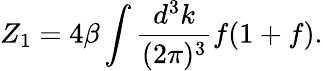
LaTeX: Z_{1}=4\beta\int{\frac{d^{3}k}{(2\pi)^{3}}}f(1+f).